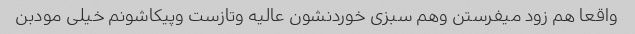
واقعا هم زود میفرستن وهم سبزی خوردنشون عالیه وتازست وپیکاشونم خیلی مودبن